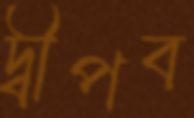
দ্বীপব